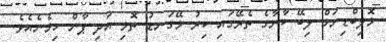
މޮލިބްޑިނަމް ލިބޭ ކާނާގެ ތެރޭގައި ކިރު މޭގަނޑު ތޮޅި އަދި ޕާން ހިމެނެއެވެ.